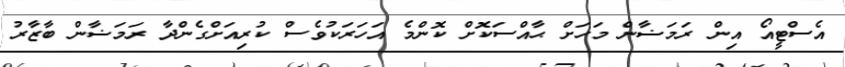
އެސްޓީއޯ އިން ރަމަޟާން މަހަށް ޙާއްސަކޮށް ކޮންމެ އަހަރަކުވެސް ކުރިއަށްގެންދާ ރަމަޟާން ބާޒާރު